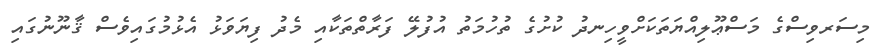
މިސަރވިސްގެ މަސްޢޫލިއްޔަތަކަށްވީހިނދު ކުށުގެ ތުހުމަތު އުފުލޭ ފަރާތްތަކާއި މެދު ފިޔަވަޅު އެޅުމުގައިވެސް ޤާނޫނުގައި